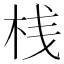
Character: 桟